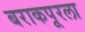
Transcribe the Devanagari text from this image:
बराकपूरला